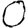
Digit: 0